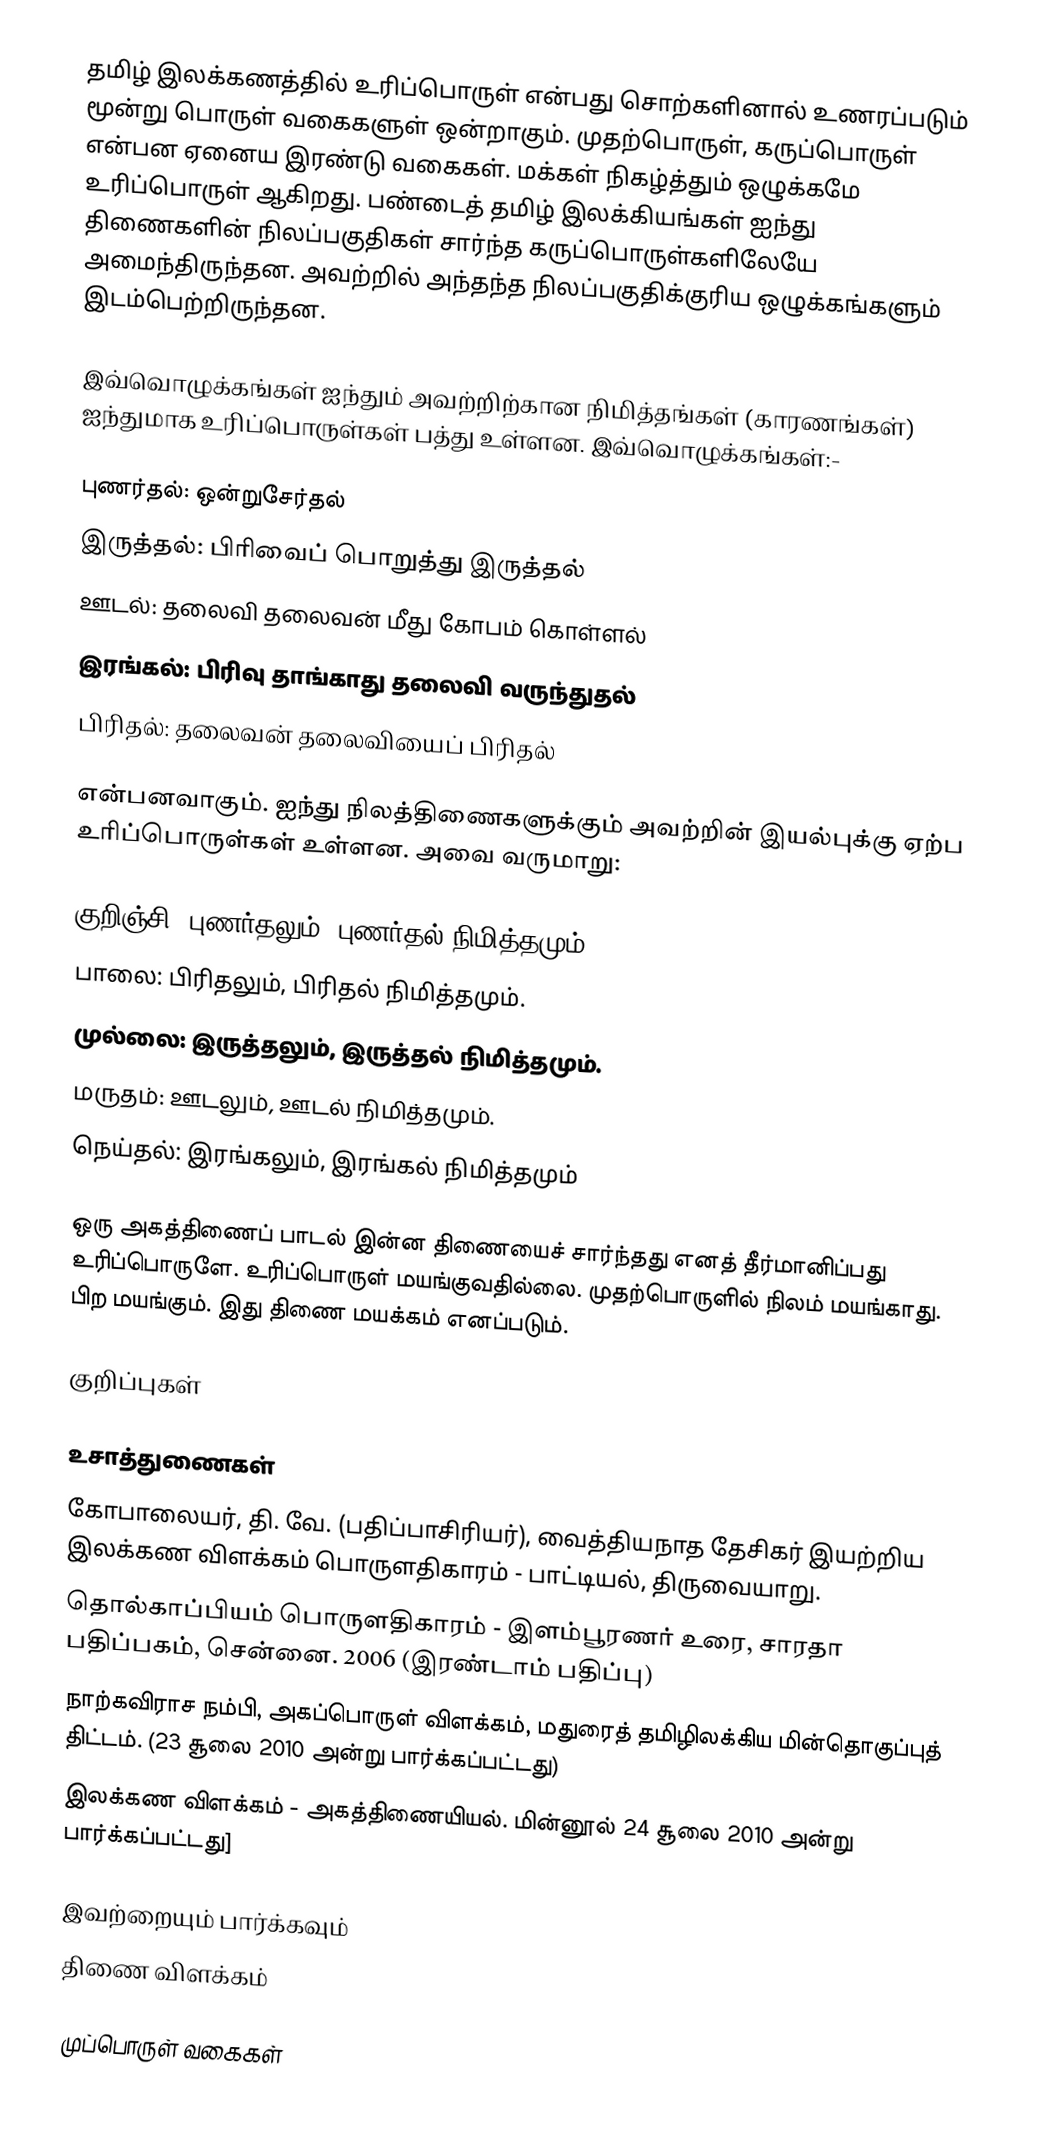
தமிழ் இலக்கணத்தில் உரிப்பொருள் என்பது சொற்களினால் உணரப்படும் மூன்று பொருள் வகைகளுள் ஒன்றாகும். முதற்பொருள், கருப்பொருள் என்பன ஏனைய இரண்டு வகைகள். மக்கள் நிகழ்த்தும் ஒழுக்கமே உரிப்பொருள் ஆகிறது. பண்டைத் தமிழ் இலக்கியங்கள் ஐந்து திணைகளின் நிலப்பகுதிகள் சார்ந்த கருப்பொருள்களிலேயே அமைந்திருந்தன. அவற்றில் அந்தந்த நிலப்பகுதிக்குரிய ஒழுக்கங்களும் இடம்பெற்றிருந்தன.

இவ்வொழுக்கங்கள் ஐந்தும் அவற்றிற்கான நிமித்தங்கள் (காரணங்கள்) ஐந்துமாக உரிப்பொருள்கள் பத்து உள்ளன. இவ்வொழுக்கங்கள்:-

 புணர்தல்: ஒன்றுசேர்தல்
 இருத்தல்: பிரிவைப் பொறுத்து இருத்தல்
 ஊடல்: தலைவி தலைவன் மீது கோபம் கொள்ளல்
 இரங்கல்: பிரிவு தாங்காது தலைவி வருந்துதல்
 பிரிதல்: தலைவன் தலைவியைப் பிரிதல்

என்பனவாகும். ஐந்து நிலத்திணைகளுக்கும் அவற்றின் இயல்புக்கு ஏற்ப உரிப்பொருள்கள் உள்ளன. அவை வருமாறு:

 குறிஞ்சி: புணர்தலும், புணர்தல் நிமித்தமும்.
 பாலை: பிரிதலும், பிரிதல் நிமித்தமும்.
 முல்லை: இருத்தலும், இருத்தல் நிமித்தமும்.
 மருதம்: ஊடலும், ஊடல் நிமித்தமும்.
 நெய்தல்: இரங்கலும், இரங்கல் நிமித்தமும்

ஒரு அகத்திணைப் பாடல் இன்ன திணையைச் சார்ந்தது எனத் தீர்மானிப்பது உரிப்பொருளே. உரிப்பொருள் மயங்குவதில்லை. முதற்பொருளில் நிலம் மயங்காது. பிற மயங்கும். இது திணை மயக்கம் எனப்படும்.

குறிப்புகள்

உசாத்துணைகள்
 கோபாலையர், தி. வே. (பதிப்பாசிரியர்), வைத்தியநாத தேசிகர் இயற்றிய இலக்கண விளக்கம் பொருளதிகாரம் - பாட்டியல், திருவையாறு.
 தொல்காப்பியம் பொருளதிகாரம் - இளம்பூரணர் உரை, சாரதா பதிப்பகம், சென்னை. 2006 (இரண்டாம் பதிப்பு)
 நாற்கவிராச நம்பி, அகப்பொருள் விளக்கம், மதுரைத் தமிழிலக்கிய மின்தொகுப்புத் திட்டம். (23 சூலை 2010 அன்று பார்க்கப்பட்டது)
 இலக்கண விளக்கம் - அகத்திணையியல். மின்னூல் 24 சூலை 2010 அன்று பார்க்கப்பட்டது]

இவற்றையும் பார்க்கவும்
 திணை விளக்கம்

முப்பொருள் வகைகள்